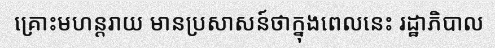
គ្រោះមហន្តរាយ មានប្រសាសន៍ថាក្នុងពេលនេះ រដ្ឋាភិបាល